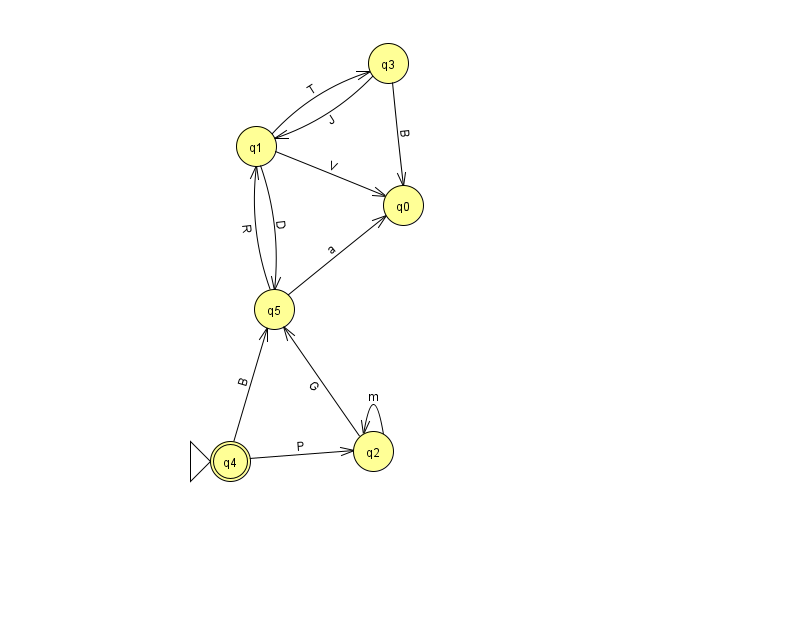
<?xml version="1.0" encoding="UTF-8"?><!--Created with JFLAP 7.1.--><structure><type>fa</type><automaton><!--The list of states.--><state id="0" name="q0"><x>403.0</x><y>192.0</y></state><state id="1" name="q1"><x>256.0</x><y>133.0</y></state><state id="2" name="q2"><x>373.0</x><y>438.0</y></state><state id="3" name="q3"><x>388.0</x><y>50.0</y></state><state id="4" name="q4"><x>230.0</x><y>448.0</y><initial/><final/></state><state id="5" name="q5"><x>274.0</x><y>296.0</y></state><!--The list of transitions.--><transition><from>3</from><to>1</to><read>J</read></transition><transition><from>2</from><to>5</to><read>G</read></transition><transition><from>4</from><to>2</to><read>P</read></transition><transition><from>5</from><to>0</to><read>a</read></transition><transition><from>3</from><to>0</to><read>B</read></transition><transition><from>4</from><to>5</to><read>B</read></transition><transition><from>1</from><to>0</to><read>V</read></transition><transition><from>1</from><to>5</to><read>D</read></transition><transition><from>2</from><to>2</to><read>m</read></transition><transition><from>1</from><to>3</to><read>T</read></transition><transition><from>5</from><to>1</to><read>R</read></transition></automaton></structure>